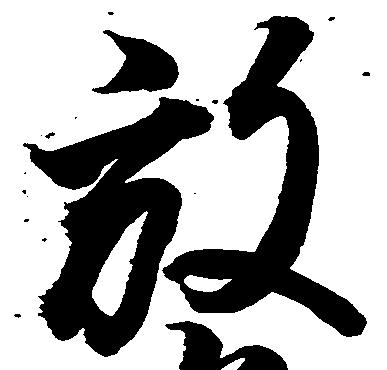
放